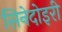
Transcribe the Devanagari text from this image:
सिनेदोइरी